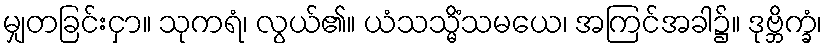
မျှတခြင်းငှာ။ သုကရံ၊ လွယ်၏။ ယံသသ္မိံသမယေ၊ အကြင်အခါ၌။ ဒုဗ္ဘိက္ခံ၊